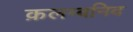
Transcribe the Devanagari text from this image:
क़लम्बनिद